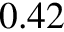
0 . 4 2